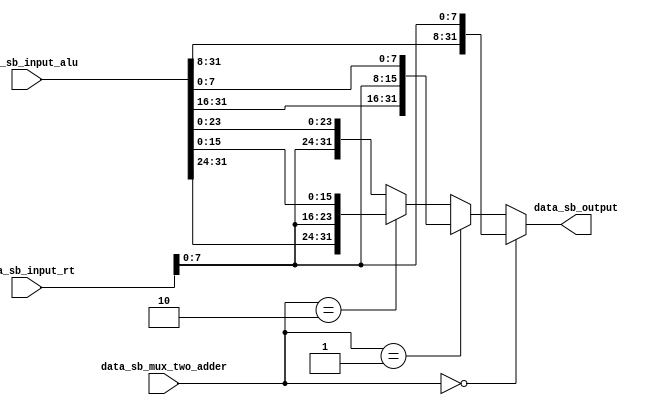
`timescale 1ns / 1ps
//////////////////////////////////////////////////////////////////////////////////
// Company: 
// Engineer: 
// 
// Design Name: 
// Module Name:    M_mux_sb 
// Project Name: 
// Target Devices: 
// Tool versions: 
// Description: 
//
// Dependencies: 
//
// Revision: 
// Revision 0.01 - File Created
// Additional Comments: 
//
//////////////////////////////////////////////////////////////////////////////////
module M_mux_sb(
    input [31:0] data_sb_input_alu,
    input [31:0] data_sb_input_rt,
    input [1:0] data_sb_mux_two_adder,
    output [31:0] data_sb_output
    );
	 assign data_sb_output = (data_sb_mux_two_adder == 2'b00)? {data_sb_input_alu[31:8],data_sb_input_rt[7:0]}:
									 (data_sb_mux_two_adder == 2'b01)? {data_sb_input_alu[31:16],data_sb_input_rt[7:0],data_sb_input_alu[7:0]}:
									 (data_sb_mux_two_adder == 2'b10)? {data_sb_input_alu[31:24],data_sb_input_rt[7:0],data_sb_input_alu[15:0]}:
									 {data_sb_input_rt[7:0],data_sb_input_alu[23:0]};

endmodule